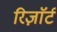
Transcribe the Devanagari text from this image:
रिज़ाॅर्ट